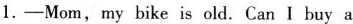
1.-Mom, my bike is old. Can I buy a